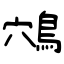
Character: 鴪